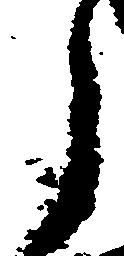
之